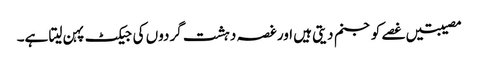
مصیبتیں غصے کو جنم دیتی ہیں اور غصہ دہشت گردوں کی جیکٹ پہن لیتا ہے۔